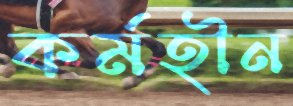
কর্মহীন